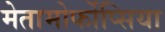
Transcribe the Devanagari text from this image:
मेतामोर्फोप्सिया